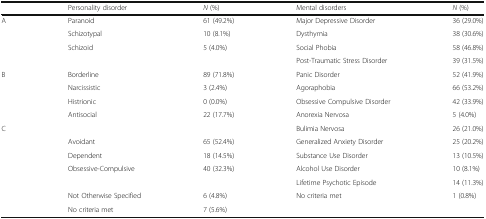
|  | Personality disorder | N (%) | Mental disorders | N (%) |
 | --- | --- | --- | --- | --- |
 | <ROWSPAN=4> A | Paranoid | 61 (49.2%) | Major Depressive Disorder | 36 (29.0%) |
 | Schizotypal | 10 (8.1%) | Dysthymia | 38 (30.6%) |
 | Schizoid | 5 (4.0%) | Social Phobia | 58 (46.8%) |
 |  |  | Post-Traumatic Stress Disorder | 39 (31.5%) |
 | <ROWSPAN=4> B | Borderline | 89 (71.8%) | Panic Disorder | 52 (41.9%) |
 | Narcissistic | 3 (2.4%) | Agoraphobia | 66 (53.2%) |
 | Histrionic | 0 (0.0%) | Obsessive Compulsive Disorder | 42 (33.9%) |
 | Antisocial | 22 (17.7%) | Anorexia Nervosa | 5 (4.0%) |
 | <ROWSPAN=4> C |  |  | Bulimia Nervosa | 26 (21.0%) |
 | Avoidant | 65 (52.4%) | Generalized Anxiety Disorder | 25 (20.2%) |
 | Dependent | 18 (14.5%) | Substance Use Disorder | 13 (10.5%) |
 | Obsessive-Compulsive | 40 (32.3%) | Alcohol Use Disorder | 10 (8.1%) |
 |  |  |  | Lifetime Psychotic Episode | 14 (11.3%) |
 |  | Not Otherwise Specified | 6 (4.8%) | No criteria met | 1 (0.8%) |
 |  | No criteria met | 7 (5.6%) |  |  |